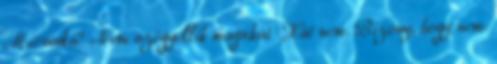
Micsoda? Nem szégyellik magukat Hát nem. Bizony, hogy nem.